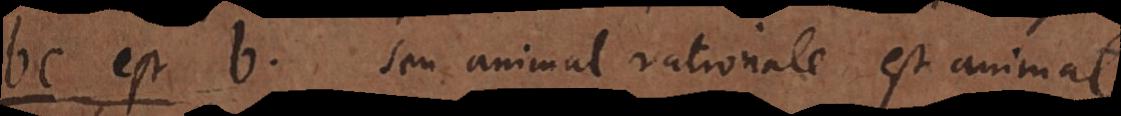
bc est b. seu animal rationale est animal